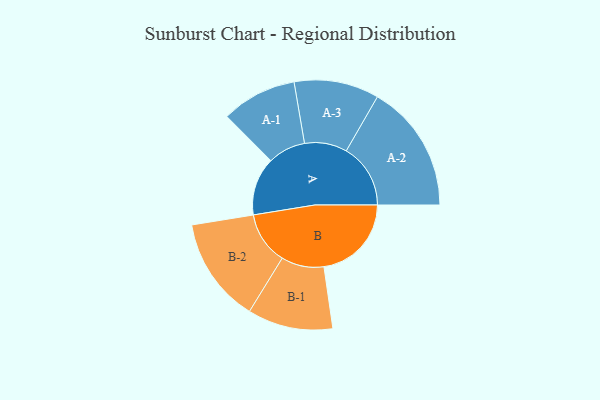
{"axis": {"x": "Segment", "y": "Value"}, "legend": ["", "A", "B"], "data": [{"x": "A", "y": 245, "type": ""}, {"x": "B", "y": 369, "type": ""}, {"x": "A-1", "y": 159, "type": "A"}, {"x": "A-2", "y": 271, "type": "A"}, {"x": "A-3", "y": 179, "type": "A"}, {"x": "B-1", "y": 180, "type": "B"}, {"x": "B-2", "y": 222, "type": "B"}]}